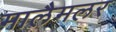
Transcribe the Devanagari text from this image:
मालैमलर